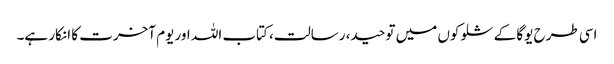
اسی طرح یوگا کے شلوکوں میں توحید، رسالت، کتاب اللہ اور یوم آخرت کا انکار ہے۔